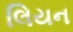
લિયન